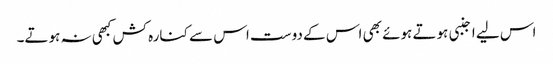
اس لیے اجنبی ہوتے ہوئے بھی اس کے دوست اس سے کنارہ کش کبھی نہ ہوتے۔